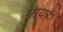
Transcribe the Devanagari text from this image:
मायां